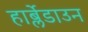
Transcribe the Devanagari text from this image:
हार्ब्लेडाउन